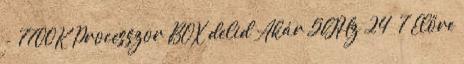
- 7700K Processzor BOX delid Akár 5GHz 24 7 Előre